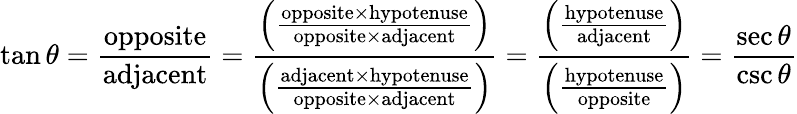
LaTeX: \tan\theta={\frac{\mathrm{opposite}}{\mathrm{adjacent}}}={\frac{\left({\frac{\mathrm{opposite}\times\mathrm{hypotenuse}}{\mathrm{opposite}\times\mathrm{adjacent}}}\right)}{\left({\frac{\mathrm{adjacent}\times\mathrm{hypotenuse}}{\mathrm{opposite}\times\mathrm{adjacent}}}\right)}}={\frac{\left({\frac{\mathrm{hypotenuse}}{\mathrm{adjacent}}}\right)}{\left({\frac{\mathrm{hypotenuse}}{\mathrm{opposite}}}\right)}}={\frac{\sec\theta}{\csc\theta}}